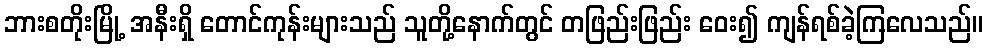
ဘားစတိုးမြို့ အနီးရှိ တောင်ကုန်းများသည် သူတို့နောက်တွင် တဖြည်းဖြည်း ဝေး၍ ကျန်ရစ်ခဲ့ကြလေသည်။